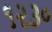
૧૨૩૦